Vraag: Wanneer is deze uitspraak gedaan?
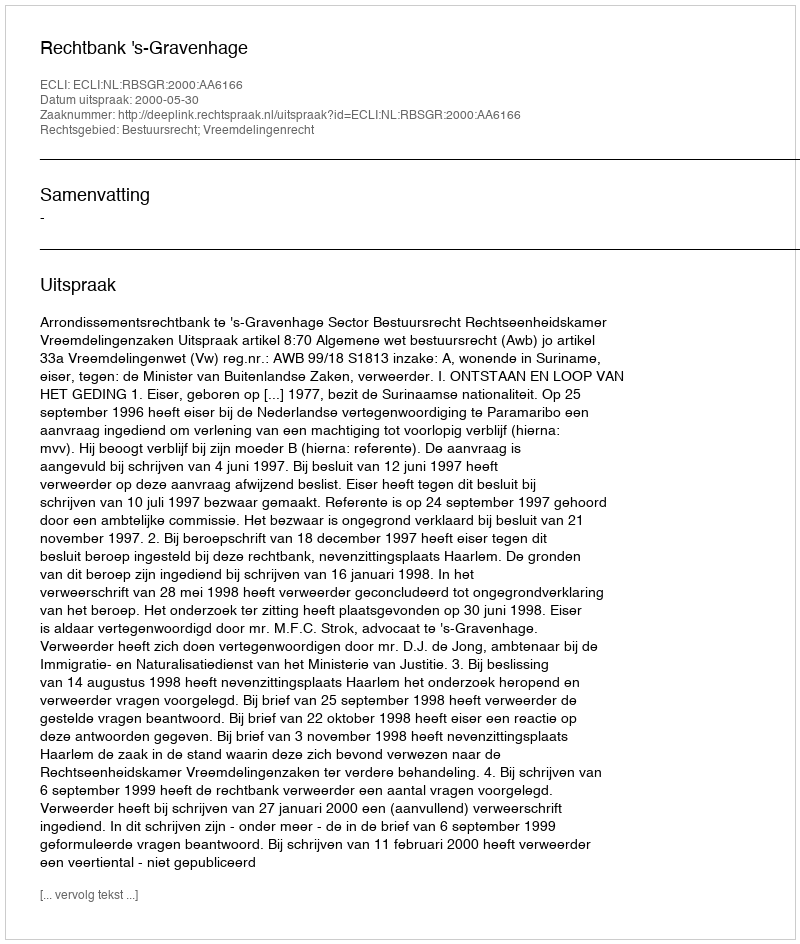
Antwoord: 2000-05-30